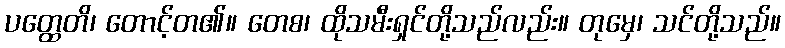
ပတ္ထေတိ၊ တောင့်တ၏။ တေစ၊ ထိုသမီးရှင်တို့သည်လည်း။ တုမှေ၊ သင်တို့သည်။